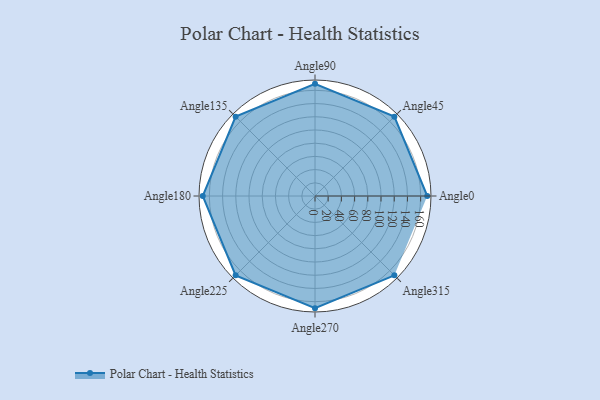
{"axis": {"x": "Angle", "y": "Radius"}, "legend": [""], "data": [{"x": "Angle0", "y": 170, "type": ""}, {"x": "Angle45", "y": 170, "type": ""}, {"x": "Angle90", "y": 170, "type": ""}, {"x": "Angle135", "y": 170, "type": ""}, {"x": "Angle180", "y": 170, "type": ""}, {"x": "Angle225", "y": 170, "type": ""}, {"x": "Angle270", "y": 170, "type": ""}, {"x": "Angle315", "y": 170, "type": ""}]}